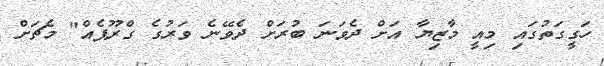
ހަގީގަތުގައި މިއީ މާޒިޔާ އަށް ދެވަނަ ބުރަށް ދެވޭނެ ވަރުގެ ގްރޫޕެއް" މެޗަށް